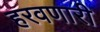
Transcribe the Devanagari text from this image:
हरवणारी